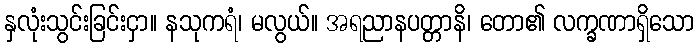
နှလုံးသွင်းခြင်းငှာ။ နသုကရံ၊ မလွယ်။ အရညာနပတ္တာနိ၊ တော၏ လက္ခဏာရှိသော